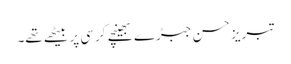
تبریز حسن جبڑے بھینچے کرسی پر بیٹھے تھے۔